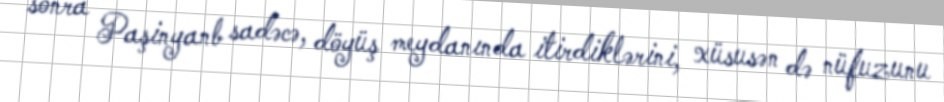
sonra Paşinyanb sadəcə, döyüş meydanında itirdiklərini, xüsusən də nüfuzunu